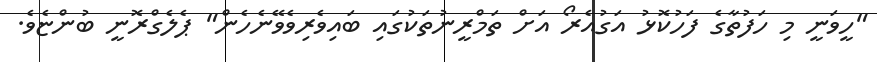
"ހީވަނީ މި ހަފުތާގެ ފަހުކޮޅު އަގުއެރޯ އަށް ތަމްރީނުތަކުގައި ބައިވެރިވެވޭނެހެން" ޕެލެގްރޮނީ ބުންޏެވެ.